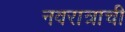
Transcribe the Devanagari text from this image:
नवरात्राची